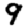
Digit: 9